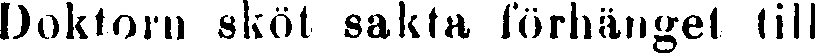
Doktorn sköt sakta förhängel till